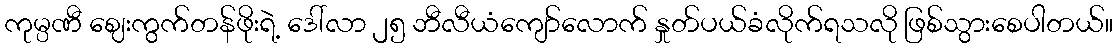
ကုမ္ပဏီ ဈေးကွက်တန်ဖိုးရဲ့ ဒေါ်လာ ၂၅ ဘီလီယံကျော်လောက် နှုတ်ပယ်ခံလိုက်ရသလို ဖြစ်သွားစေပါတယ်။